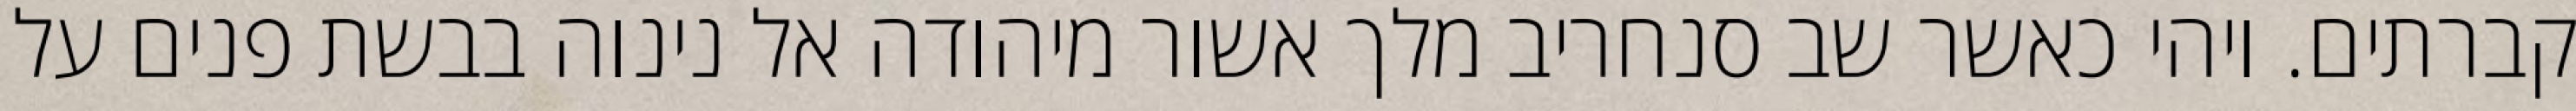
קברתים. ויהי כאשר שב סנחריב מלך אשור מיהודה אל נינוה בבשת פנים על